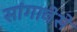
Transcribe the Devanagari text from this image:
सांगावेसे